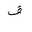
Letter: _fa